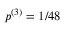
p ^ { ( 3 ) } = 1 / 4 8